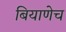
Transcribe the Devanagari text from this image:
बियाणेच